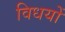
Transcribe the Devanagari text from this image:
विधयों